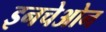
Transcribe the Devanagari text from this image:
इनचेओन